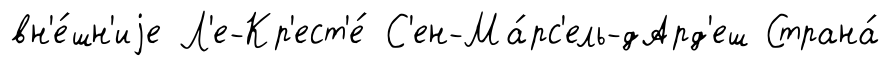
вн'е́шн'иjе Л'е-Кр'ест'е́ С'ен-Ма́рс'ель-дАрд'еш Страна́